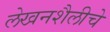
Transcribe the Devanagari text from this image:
लेखनशैलीचे